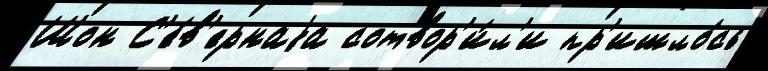
Шон С'е́в'ернаjа сотвор'и́л'и пр'ишло́сь